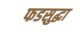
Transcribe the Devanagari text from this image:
फडसुद्धा